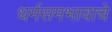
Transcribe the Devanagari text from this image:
धर्मसमभावाचे